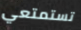
تستمتعي